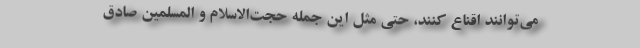
مي‌توانند اقناع كنند، حتي مثل اين جمله حجت‌الاسلام و المسلمين صادق